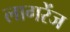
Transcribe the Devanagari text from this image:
लागरेंज